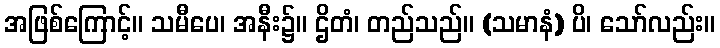
အဖြစ်ကြောင့်။ သမီပေ၊ အနီး၌။ ဌိတံ၊ တည်သည်။ (သမာနံ) ပိ၊ သော်လည်း။